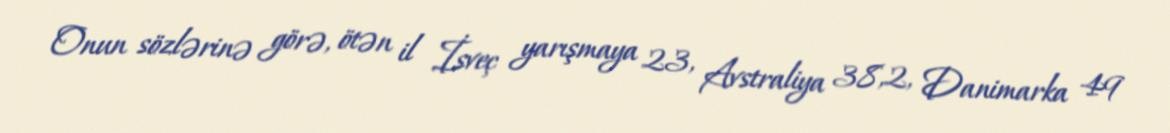
Onun sözlərinə görə, ötən il İsveç yarışmaya 23, Avstraliya 38,2, Danimarka 49